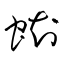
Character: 蜘